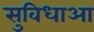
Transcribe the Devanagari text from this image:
सुविधाआ